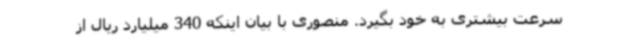
سرعت بیشتری به خود بگیرد. منصوری با بیان اینکه 340 میلیارد ریال از